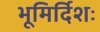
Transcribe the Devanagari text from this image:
भूमिर्दिशः